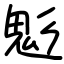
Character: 鬽